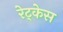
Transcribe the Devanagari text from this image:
रेट्केस